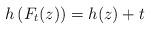
LaTeX: \begin{align*}h\left(F_t(z)\right)=h(z)+t\end{align*}